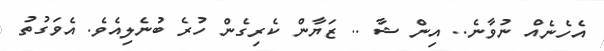
އެހެނެއް ނުވާނެ.. އިން ޝާ .. ޒަޔާން ކެރިގެން ހުރެ ބުނެލިއެވެ. އެވަގުތު